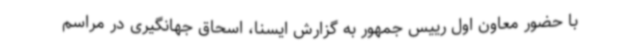
با حضور معاون اول رییس جمهور به گزارش ایسنا، اسحاق جهانگیری در مراسم